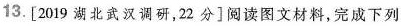
13.[2019湖北武汉调研，22分]阅读图文材料，完成下列